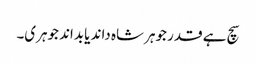
سچ ہے قدر جوہر شاہ داند یا بداند جوہری۔